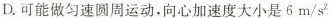
D.可能做匀速圆周运动，向心加速度大小是 6m/s^{2}